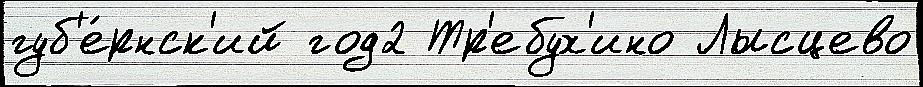
губ'е́рнск'ий год2 Тр'ебух'ино Лысцево